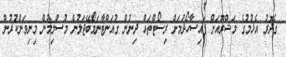
ގެދޮރު އެޅުމުގެ މަޝްރޫއަށް ފައިސާހޯދުމަށް ރިސޯޓްތައް ދިނުން ގުއަންޓާނަމޯބޭޖަލުން މުސްލިމުން މިނިވަންކުރުން